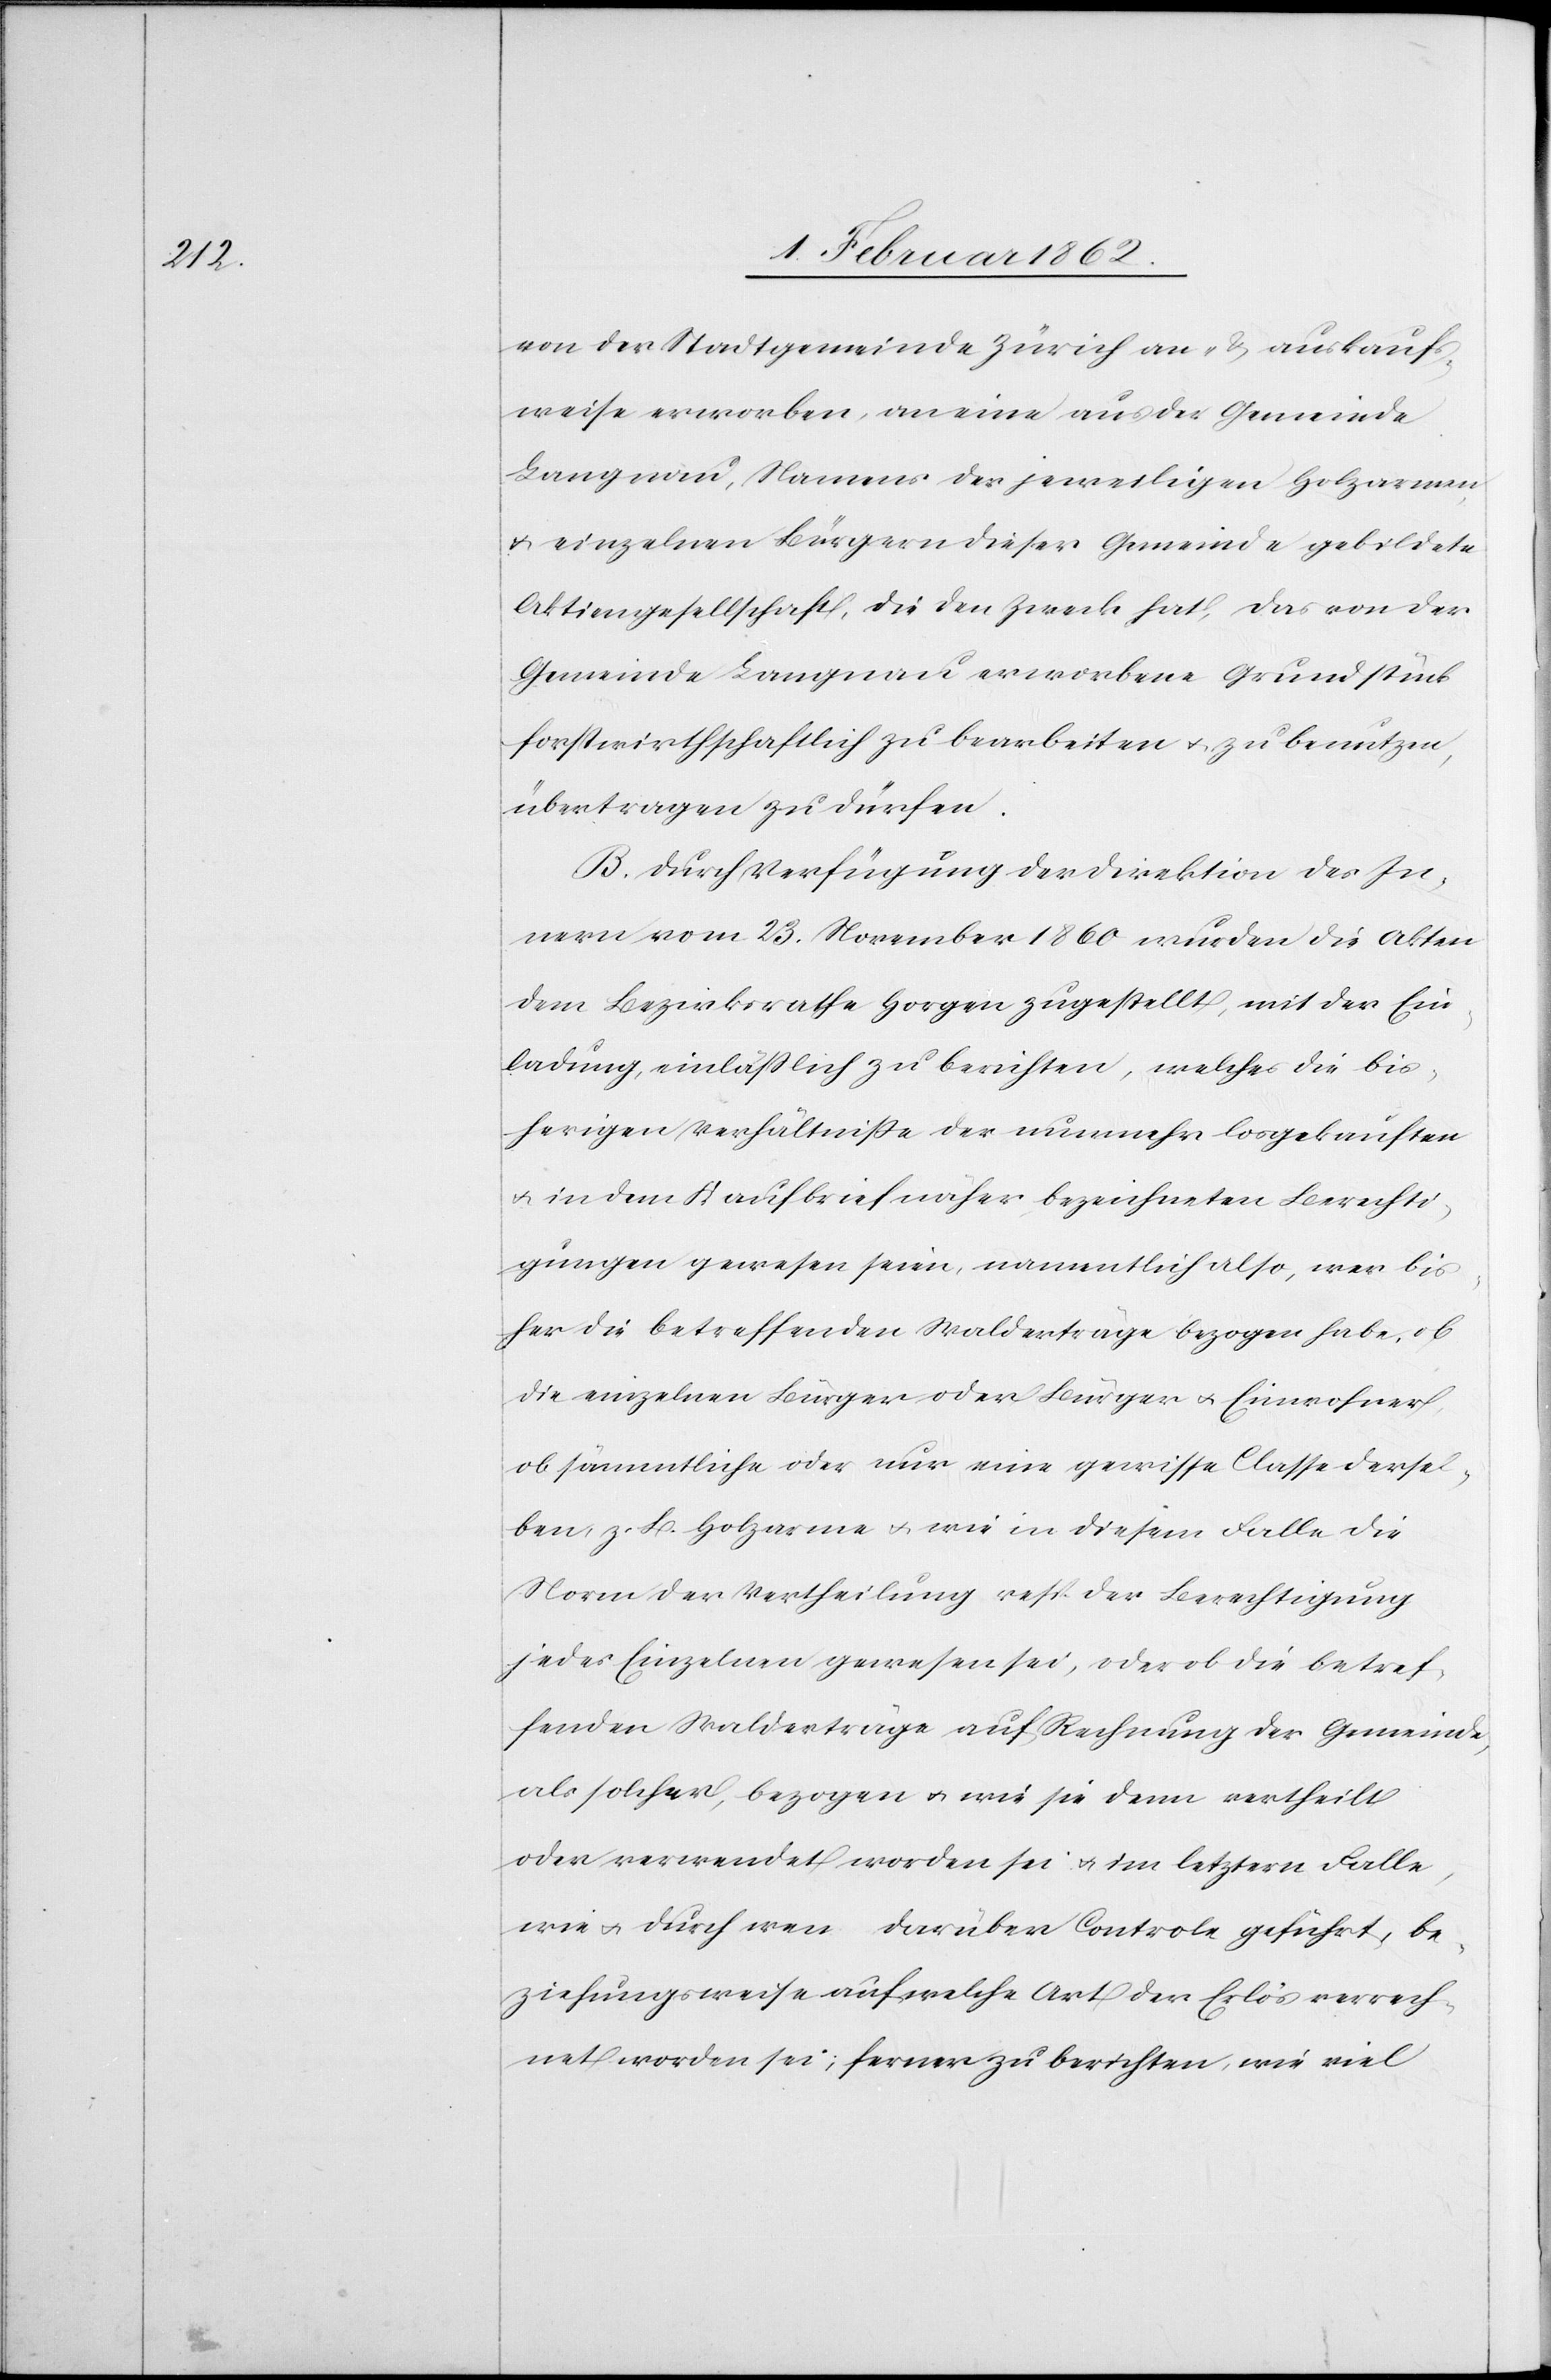
von der Stadtgmeinde Zürich an- & auskaufs¬
weise erworben, an eine aus der Gemeinde
Langnau, Namens der jeweiligen Holzarmen
u. einzelnen Bürgern dieser Gemeinde gebildete
Aktiengesellschaft, die den Zweck hat, das von der
Gemeinde Langnau erworbene Grundstück
forstwirthschaftlich zu bearbeiten u. zu benutzen,
übertragen zu dürfen.
B. Durch Verfügung der Direktion des In¬
nern vom 23. November 1860 wurden die Akten
dem Bezirksrathe Horgen zugestellt, mit der Ein¬
ladung, einläßlich zu berichten, welches die bis¬
herigen Verhältniße der nunmehr losgekauften
u. in dem Kaufbrief näher bezeichneten Berechti¬
gungen gewesen seien, namentlich also, wer bis¬
her die betreffenden Walderträge bezogen habe, ob
die einzelnen Bürger oder Bürger u. Einwohner,
ob sämmtliche oder nur eine gewisse Classe dersel¬
ben z. B. Holzarme u. wie in diesem Falle die
Norm der Vertheilung resp. der Berechtigung
jedes Einzelnen gewesen sei, oder ob die betref¬
fenden Walderträge auf Rechnung der Gemeinde,
als solcher, bezogen u. wie sie denn vertheilt
oder verwendet worden sei u. im letztern Falle,
wie u. durch wen darüber Controle geführt, be¬
ziehungsweise auf welche Art der Erlös verrech¬
net worden sei; ferner zu berichten, wie viel